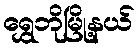
ရွှေဘိုမြို့နယ်